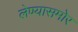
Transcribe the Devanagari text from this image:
लेण्यासमोर